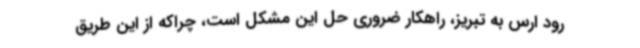
رود ارس به تبریز، راهکار ضروری حل این مشکل است، چراکه از این طریق